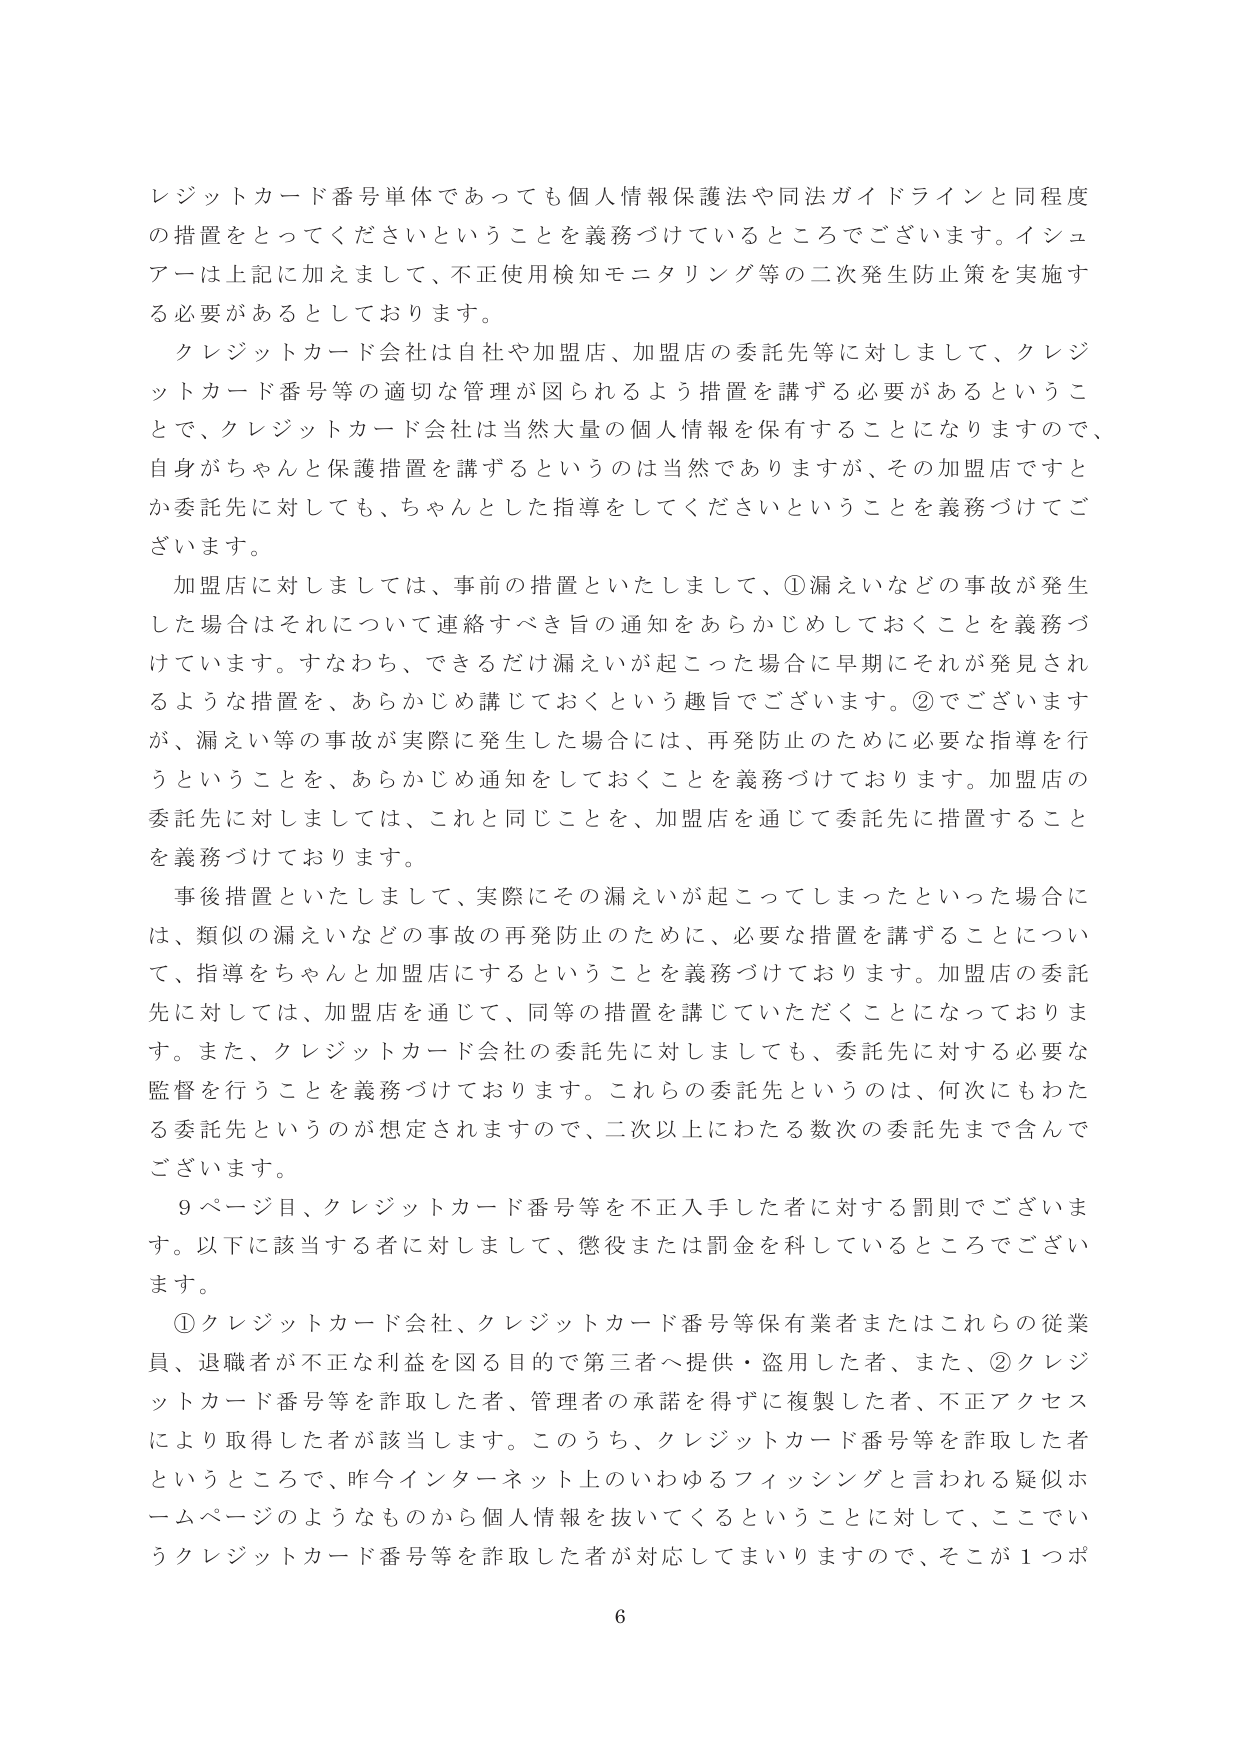
レジットカード番号単体であっても個人情報保護法や同法ガイドラインと同程度の措置をとってくださいということを義務づけているところでございます。イシュアーは上記に加えまして、不正使用検知モニタリング等の二次発生防止策を実施する必要があるとしております。

クレジットカード会社は自社や加盟店、加盟店の委託先等に対しまして、クレジットカード番号等の適切な管理が図られるよう措置を講ずる必要があるということで、クレジットカード会社は当然大量の個人情報を保有することになりますので、自身がちゃんと保護措置を講ずるというのは当然でありますが、その加盟店ですとか委託先に対しても、ちゃんとした指導をしてくださいということを義務づけてございます。

加盟店に対しましては、事前の措置といたしまして、①漏えいなどの事故が発生した場合はそれについて連絡すべき旨の通知をあらかじめしておくことを義務づけています。すなわち、できるだけ漏えいが起こった場合に早期にそれが発見されるような措置を、あらかじめ講じておくという趣旨でございます。②でございますが、漏えい等の事故が実際に発生した場合には、再発防止のために必要な指導を行うということを、あらかじめ通知をしておくことを義務づけております。加盟店の委託先に対しましては、これと同じことを、加盟店を通じて委託先に措置することを義務づけております。

事後措置といたしまして、実際にその漏えいが起こってしまったといった場合には、類似の漏えいなどの事故の再発防止のために、必要な措置を講ずることについて、指導をちゃんと加盟店にするということを義務づけております。加盟店の委託先に対しては、加盟店を通じて、同等の措置を講じていただくことになっております。また、クレジットカード会社の委託先に対しましても、委託先に対する必要な監督を行うことを義務づけております。これらの委託先というのは、何次にもわたる委託先というのが想定されますので、二次以上にわたる数次の委託先まで含んでございます。

9ページ目、クレジットカード番号等を不正入手した者に対する罰則でございます。以下に該当する者に対しまして、懲役または罰金を科しているところでございます。

①クレジットカード会社、クレジットカード番号等保有業者またはこれらの従業員、退職者が不正な利益を図る目的で第三者へ提供・盗用した者、また、②クレジットカード番号等を詐取した者、管理者の承諾を得ずに複製した者、不正アクセスにより取得した者が該当します。このうち、クレジットカード番号等を詐取した者というところで、昨今インターネット上のいわゆるフィッシングと言われる疑似ホームページのようなものから個人情報を抜いてくるということに対して、ここでいうクレジットカード番号等を詐取した者が対応してまいりますので、そこが1つポ

6